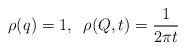
LaTeX: \begin{align*}\rho(q)=1, \;\; \rho(Q,t)={1 \over 2\pi t}\end{align*}